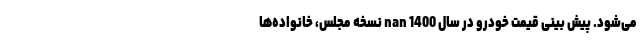
می‌شود. پیش ‌بینی قیمت خودرو در سال 1400 nan نسخه مجلس، خانواده‌ها